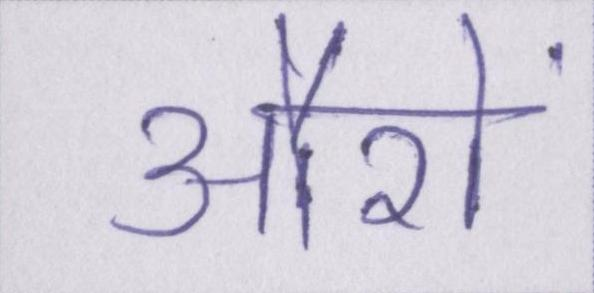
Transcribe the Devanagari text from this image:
औरों